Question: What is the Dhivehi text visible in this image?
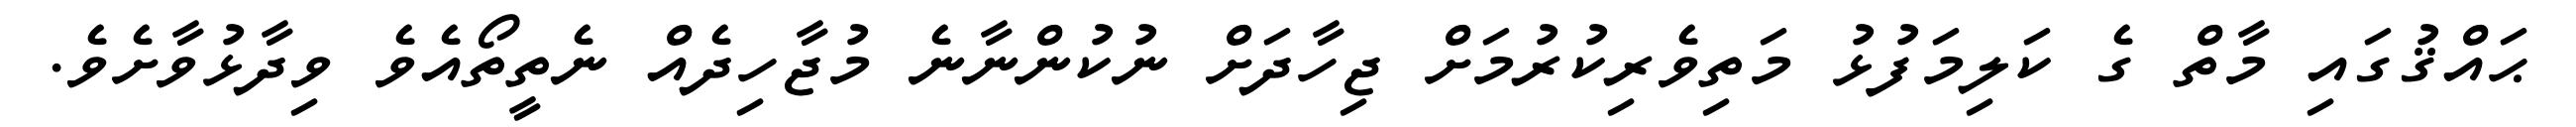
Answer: ޙައްޤުގައި މާތް ގެ ކަލިމަފުޅު މަތިވެރިކުރުމަށް ޖިހާދަށް ނުކުންނާނެ މުޖާހިދެއް ނެތީތޯއެވެ ވިދާޅުވާށެވެ.